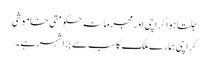
جلتا ہوا کراچی اور مجرمانہ حکومتی خاموشی
کراچی ہمارے ملک کا سب سے بڑا شہر ہے۔